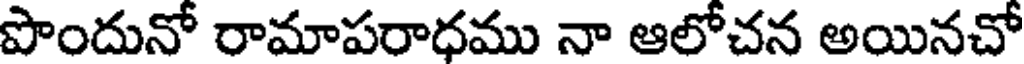
పొందునో రామాపరాధము నా ఆలోచన అయినచో